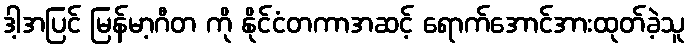
ဒါ့အပြင် မြန်မာ့ဂီတ ကို နိုင်ငံတကာအဆင့် ရောက်အောင်အားထုတ်ခဲ့သူ